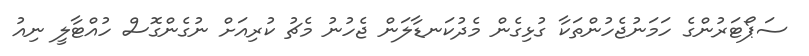
ސަޕޯޓަރުންގެ ހަމަނުޖެހުންތަކާ ގުޅިގެން މެދުކަނޑާލަން ޖެހުނު މެޗު ކުރިއަށް ނުގެންގޮސް ހުއްޓާލީ ނިއު